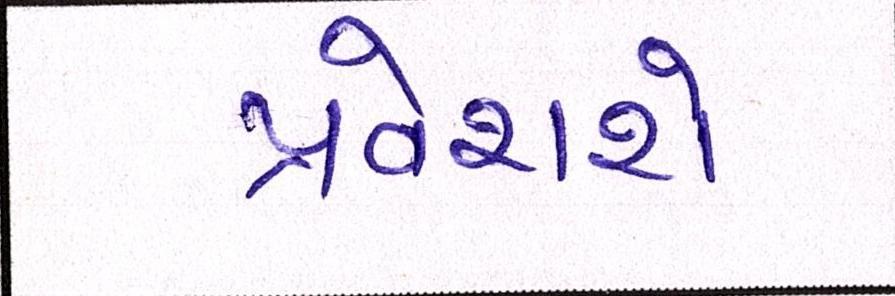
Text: પ્રવેશશે